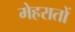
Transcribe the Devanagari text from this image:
मेहरातों